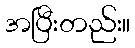
အပြီးတည်း။